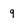
Character: 9